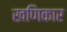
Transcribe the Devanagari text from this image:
खणिकार